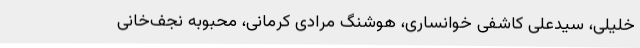
خلیلی، سیدعلی کاشفی خوانساری، هوشنگ مرادی کرمانی، محبوبه نجف‌خانی